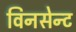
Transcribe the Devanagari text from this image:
विनसेन्ट